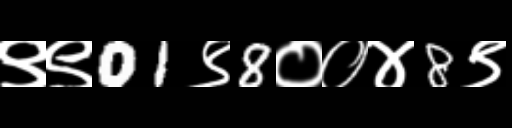
Text: ९९01९8००४8९